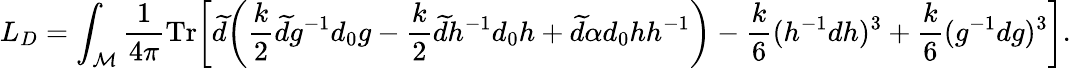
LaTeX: L_{D}=\int_{\cal M}{\frac{1}{4\pi}}\mathrm{Tr}\bigg[\widetilde{d}\bigg({\frac{k}{2}}\widetilde{d}g^{-1}d_{0}g-{\frac{k}{2}}\widetilde{d}h^{-1}d_{0}h+\widetilde{d}\alpha d_{0}hh^{-1}\bigg)-{\frac{k}{6}}(h^{-1}dh)^{3}+{\frac{k}{6}}(g^{-1}dg)^{3}\bigg].